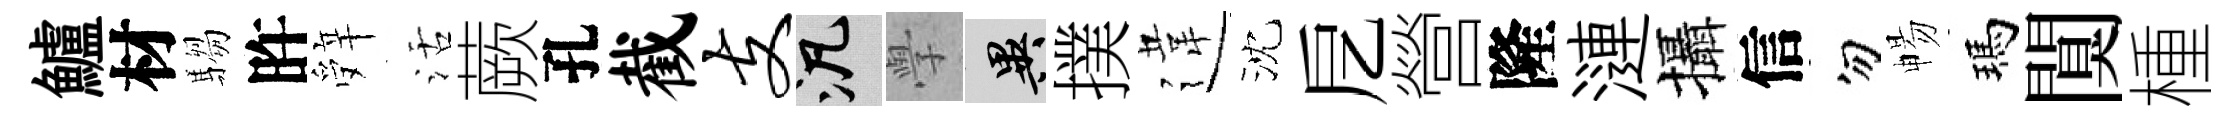
鱸材騶旿辤活蕨孔截支泛𭓕异撲違沈戹營隆漣攝信勿暢瑪闃㮔